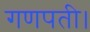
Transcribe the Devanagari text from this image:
गणपती।